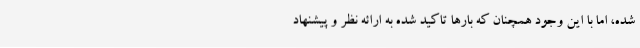
شده، اما با این وجود همچنان که بارها تاکید شده به ارائه نظر و پیشنهاد